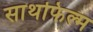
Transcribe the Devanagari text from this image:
साथफिल्म